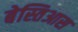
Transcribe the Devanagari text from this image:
बेस्तिआस